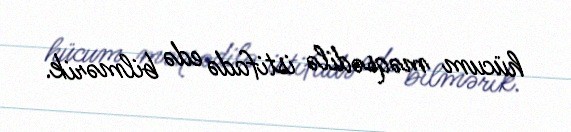
hücum məqsədilə istifadə edə bilmərik.